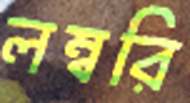
লম্বরি